65_HS1-834228961_62-HQ-83894_SUB_A
Agency: FBI
Page 101
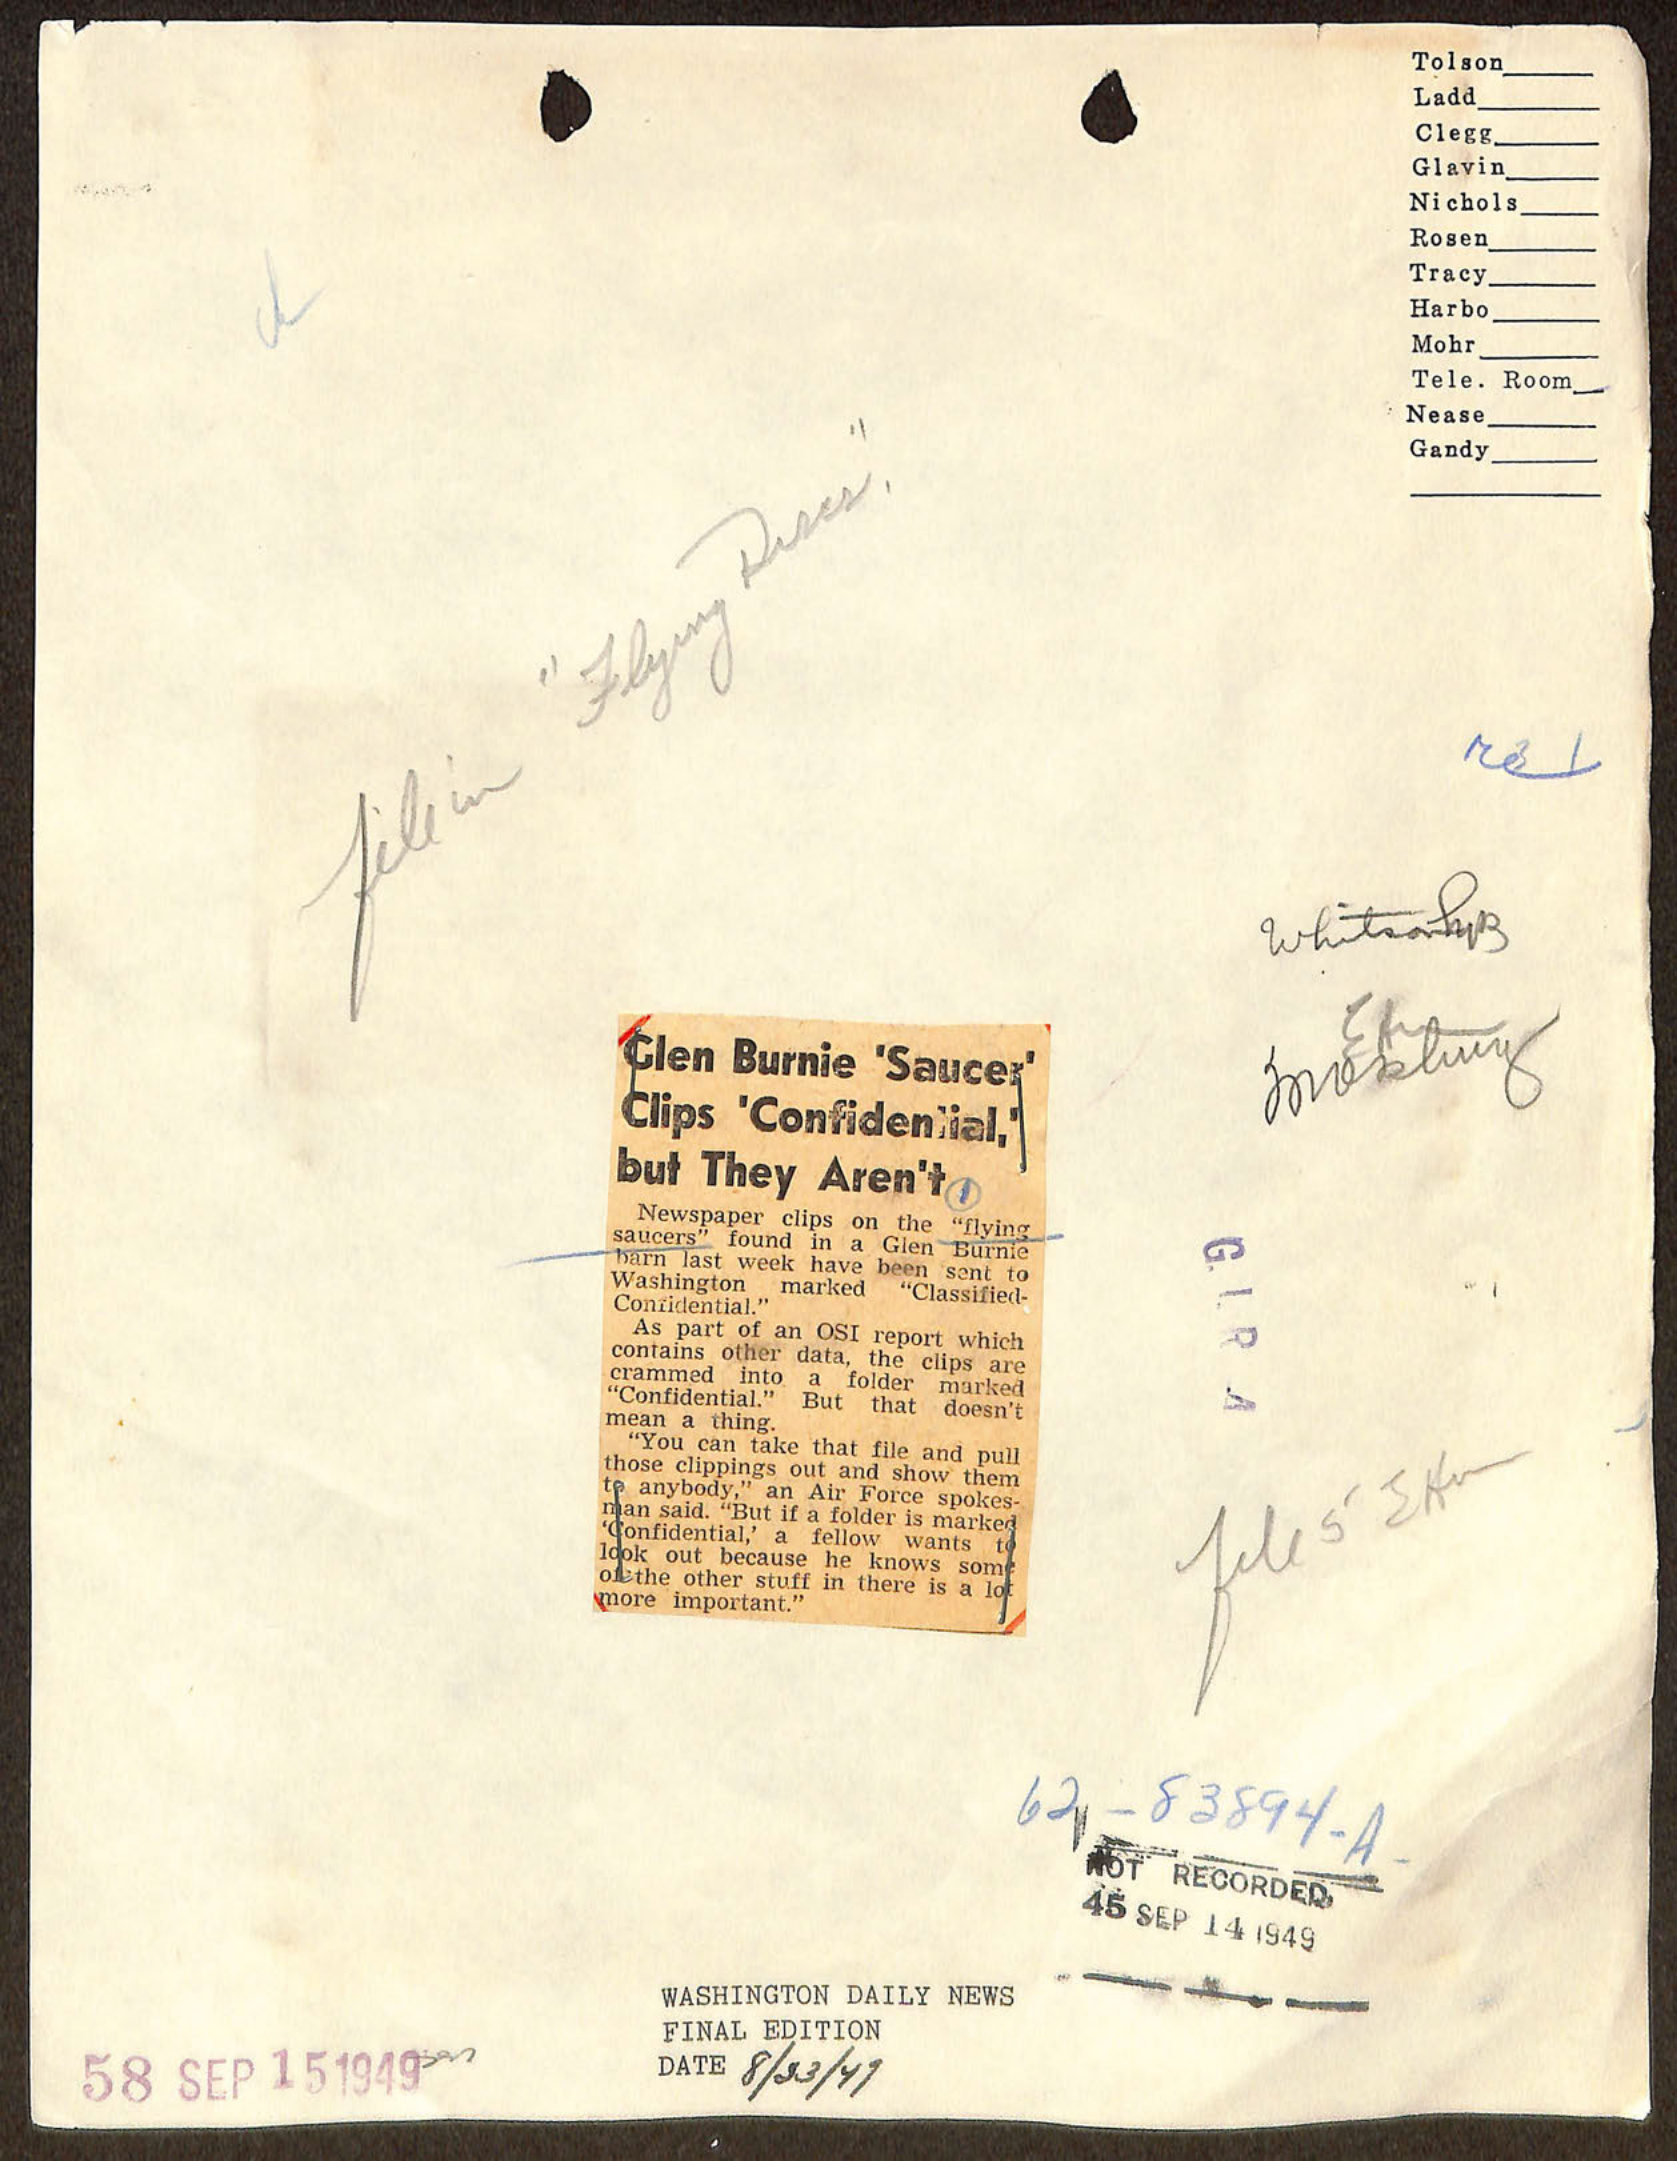